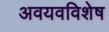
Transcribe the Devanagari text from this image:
अवयवविशेष